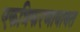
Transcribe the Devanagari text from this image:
एकत्रिकरणाबाबत